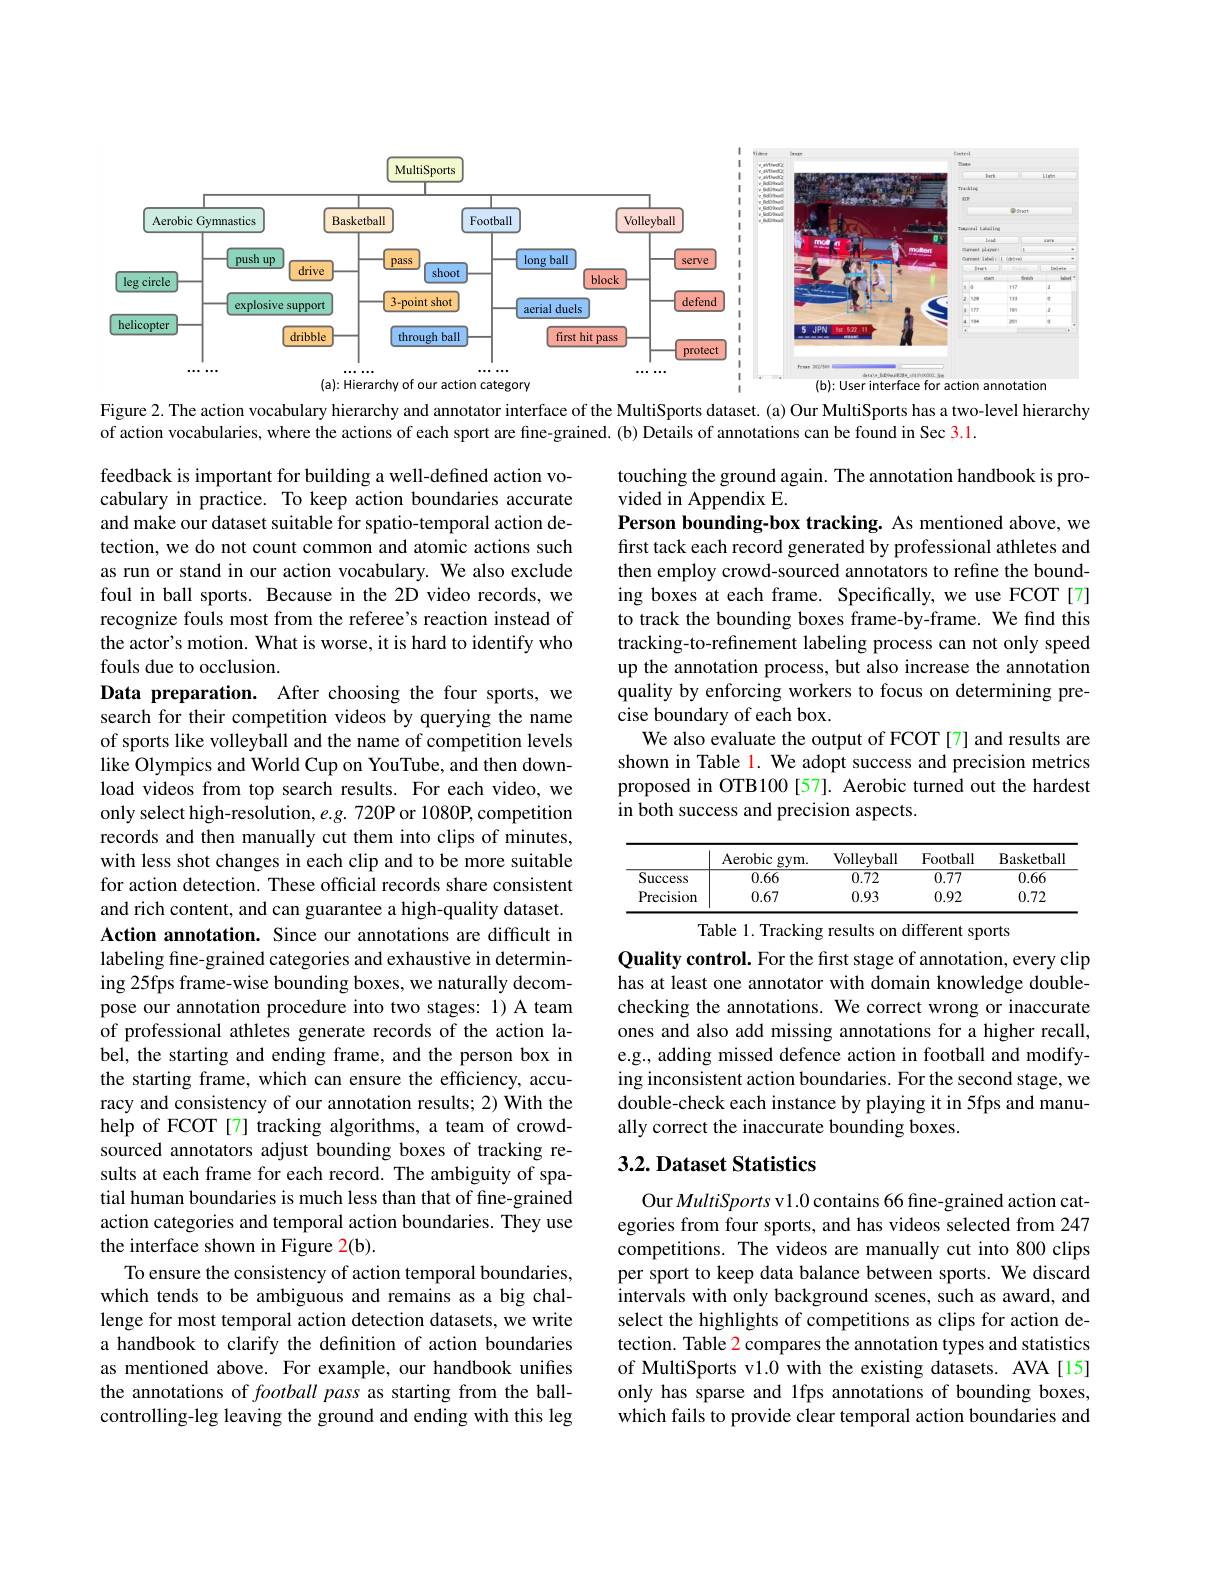
<FigureHere>

Figure 2. The action vocabulary hierarchy and annotator interface of the MultiSports dataset. (a) Our MultiSports has a two-level hierarchy

touching the ground again. The annotation handbook is pro-
vided in Appendix E.
Person bounding-box tracking. As mentioned above, we first tack each record generated by professional athletes and then employ crowd-sourced annotators to refine the bounding boxes at each frame. Specifically, we use FCOT[7] to track the bounding boxes frame-by-frame. We find this tracking-to-refinement labeling process can not only speed up the annotation process, but also increase the annotation quality by enforcing workers to focus on determining precise boundary of each box.
We also evaluate the output of FCOT [7] and results are shown in Table l. We adopt success and precision metrics proposed in OTB100 [57]. Aerobic turned out the hardest in both success and precision aspects.

<table>
	<tbody>
		<tr>
			<th> </th>
			<th>Aerobic $gym.$</th>
			<th>Volleyball</th>
			<th>Football</th>
			<th>Basketbal</th>
		</tr>
		<tr>
			<td>Success</td>
			<td>0.66</td>
			<td>$\overline{0.72}$</td>
			<td>$\overline{0.77}$</td>
			<td>$\overline{0.66}$</td>
		</tr>
		<tr>
			<td>Precision</td>
			<td>0.67</td>
			<td>0.93</td>
			<td>0.92</td>
			<td>0.72</td>
		</tr>
	</tbody>
</table>
Table 1. Tracking results on different sports

of action vocabularies, where the actions of each sport are fine-grained. (b) Details of annotations can be found in Sec 3.1.
feedback is important for building a well-defined action vocabulary in practice. To keep action boundaries accurate and make our dataset suitable for spatio-temporal action detection, we do not count common and atomic actions such as run or stand in our action vocabulary. We also exclude foul in ball sports. Because in the 2D video records, we recognize fouls most from the referee's reaction instead of the actor's motion. What is worse, it is hard to identify who fouls due to occlusion.
Data preparation. After choosing the four sports, we search for their competition videos by querying the name of sports like volleyball and the name of competition levels like Olympics and World Cup on YouTube, and then download videos from top search results. For each video, we only select high-resolution, $e.g.720$P or 1080P, competition records and then manually cut them into clips of minutes, with less shot changes in each clip and to be more suitable for action detection. These official records share consistent and rich content, and can guarantee a high-quality dataset. Action annotation. Since our annotations are difficult in labeling fine-grained categories and exhaustive in determining 25fps frame-wise bounding boxes, we naturally decompose our annotation procedure into two stages: 1) A team of professional athletes generate records of the action label, the starting and ending frame, and the person box in the starting frame, which can ensure the efficiency, accuracy and consistency of our annotation results; 2) With the help of FCOT[7] tracking algorithms, a team of crowdsourced annotators adjust bounding boxes of tracking results at each frame for each record. The ambiguity of spatial human boundaries is much less than that of fine-grained action categories and temporal action boundaries. They use the interface shown in Figure 2(b).
To ensure the consistency of action temporal boundaries, which tends to be ambiguous and remains as a big challenge for most temporal action detection datasets, we write a handbook to clarify the definition of action boundaries as mentioned above. For example, our handbook unifies the annotations of football pass as starting from the ballcontrolling-leg leaving the ground and ending with this leg

Quality control. For the first stage of annotation, every clip has at least one annotator with domain knowledge doublechecking the annotations. We correct wrong or inaccurate ones and also add missing annotations for a higher recall, e.g., adding missed defence action in football and modifying inconsistent action boundaries. For the second stage, we double-check each instance by playing it in 5fps and manually correct the inaccurate bounding boxes.

### 3.2. Dataset Statistics

Our MultiSports v1.0 contains 66 fine-grained action categories from four sports, and has videos selected from 247 competitions. The videos are manually cut into 800 clips per sport to keep data balance between sports. We discard intervals with only background scenes, such as award, and select the highlights of competitions as clips for action detection. Table 2 compares the annotation types and statistics of MultiSports v1.0 with the existing datasets. AVA[15] only has sparse and 1fps annotations of bounding boxes, which fails to provide clear temporal action boundaries and